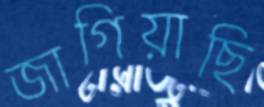
জাগিয়াছি